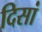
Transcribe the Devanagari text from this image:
दिसां